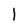
Character: l